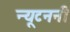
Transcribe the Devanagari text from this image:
न्यूटननी